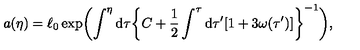
a ( \eta ) = \ell _ { 0 } \exp \biggl ( \int ^ { \eta } \mathrm { d } \tau \biggl \{ C + \frac { 1 } { 2 } \int ^ { \tau } \mathrm { d } \tau ^ { \prime } [ 1 + 3 \omega ( \tau ^ { \prime } ) ] \biggr \} ^ { - 1 } \biggr ) ,